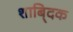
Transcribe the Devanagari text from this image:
शाबि्दक